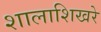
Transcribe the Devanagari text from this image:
शालाशिखरे